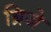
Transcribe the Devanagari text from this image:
ब्रिजे